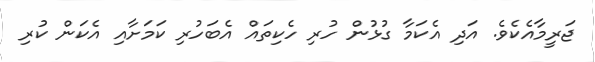
ޖަރީމާއެކެވެ. އަދި އެކަމާ ގުޅުން ހުރި ހެކިތައް އެބަހުރި ކަމަށާއި އެކަން ކުރި